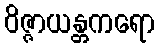
ဝိဇ္ဇာယန္တကရော